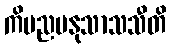
ကိမညမနုသာသသီတိ